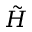
\tilde { H }